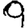
Digit: 9